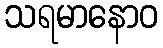
သရမာနောဝ